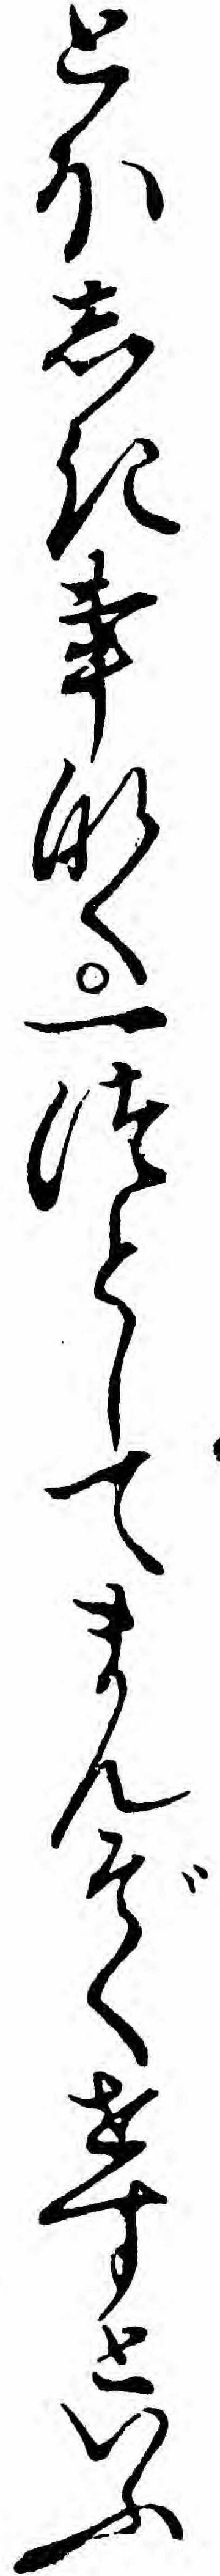
とほしき事なく一つとしてまんぞくせすといふ